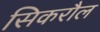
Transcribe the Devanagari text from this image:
सिकरौल